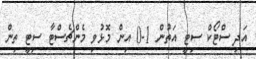
އަދި ސްޓޯކް ސިޓީ އަތުން 1-0 އިން މޮޅުވި މެންޗެސްޓާ ސިޓީ ތިން